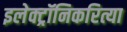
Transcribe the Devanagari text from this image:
इलेक्ट्रॉनिकरित्या